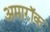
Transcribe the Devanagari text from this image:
अमारॉक